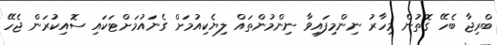
ބްރިޖާ ބެހޭ ގޮތުން މިހާރު ނިންމިފައިވާ ނިންމުންތައް ލިޔެކިއުމަށް ގެނައުމަށްޓަކައި ސޮއިކުރަން ޖެހޭ